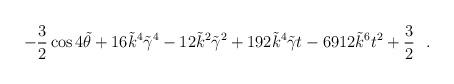
LaTeX: \begin{align*}-{3 \over 2}\cos{4\tilde \theta}+16\tilde k^4\tilde \gamma^4-12\tilde k^2 \tilde \gamma^2+192\tilde k^4 \tilde \gamma t-6912\tilde k^6t^2+{3 \over 2}~~.\end{align*}